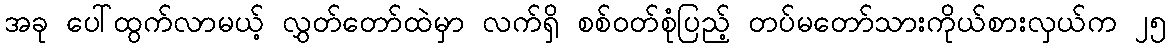
အခု ပေါ်ထွက်လာမယ့် လွှတ်တော်ထဲမှာ လက်ရှိ စစ်ဝတ်စုံပြည့် တပ်မတော်သားကိုယ်စားလှယ်က ၂၅